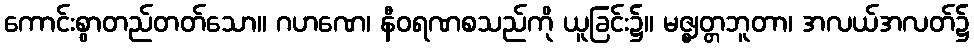
ကောင်းစွာတည်တတ်သော။ ဂဟဏေ၊ နီဝရဏစသည်ကို ယူခြင်း၌။ မဇ္ဈတ္တဘူတာ၊ အလယ်အလတ်၌